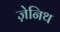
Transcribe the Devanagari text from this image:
ज़ेनिथ